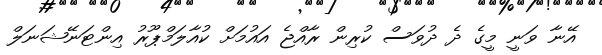
އޭނާ ވަނީ މީގެ ދެ ދުވަސް ކުރިން ރާއްޖެ އައުމަށް ކުއާލަމްޕޫރު އިންޓަނޭޝަނަލް